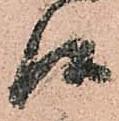
候